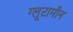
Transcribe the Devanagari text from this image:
ग्लूटामीन